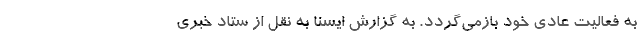
به فعالیت عادی خود بازمی‌گردد. به گزارش ایسنا به نقل از ستاد خبری